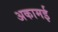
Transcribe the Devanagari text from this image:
अकामई